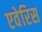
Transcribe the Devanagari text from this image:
एवेरिस